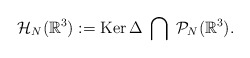
\begin{align*} \mathcal{H}_{N}(\mathbb{R}^3):=\mathrm{Ker}\,\Delta\;\bigcap\;\mathcal{P}_{N}(\mathbb{R}^3).\end{align*}